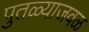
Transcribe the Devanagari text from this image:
पुतळ्याजवळ